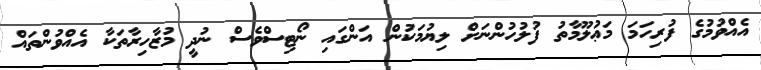
އެއްވުމުގެ ފުރިހަމަ މަޢުލޫމާތު ފުލުހުންނަށް ލިޔުމަކުން އަންގައި ނޯޓިސްވެސް ނުދީ މުޒާހިރާތަކާ އެއްވުންތައް